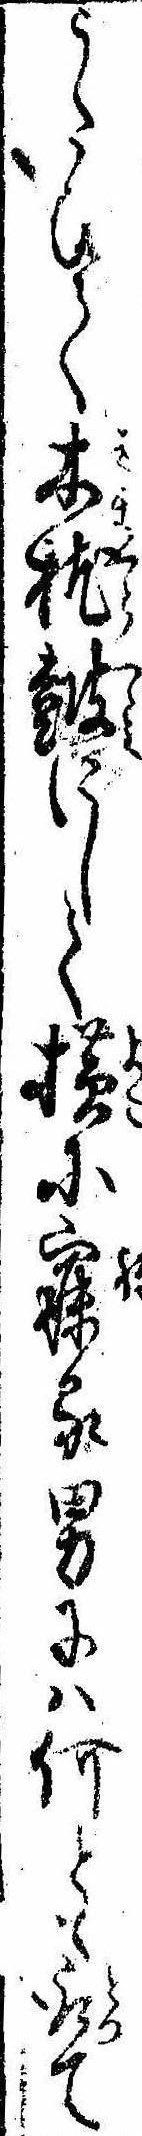
うたひて木枕鼓にして横に寐る男には何とも取て